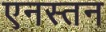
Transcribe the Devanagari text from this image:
एनस्तन